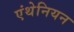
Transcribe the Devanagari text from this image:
एंथेनियन